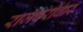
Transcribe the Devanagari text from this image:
राजपरीवार